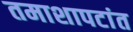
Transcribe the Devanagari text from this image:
तमाशापटांत